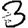
Digit: 3